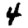
Digit: 4